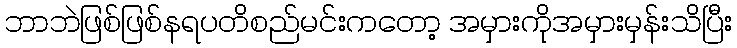
ဘာဘဲဖြစ်ဖြစ်နရပတိစည်မင်းကတော့ အမှားကိုအမှားမှန်းသိပြီး